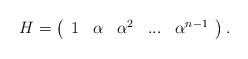
LaTeX: \begin{align*}H=\left( \begin{array}{ccccc}1 & \alpha & \alpha ^{2} & ... & \alpha ^{n-1}\end{array}\right) . \end{align*}